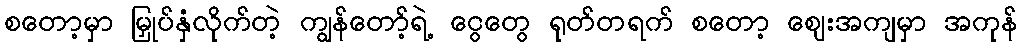
စတော့မှာ မြှုပ်နှံလိုက်တဲ့ ကျွန်တော့်ရဲ့ ငွေတွေ ရုတ်တရက် စတော့ ဈေးအကျမှာ အကုန်